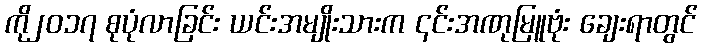
ကို၂၀၁၇ စုပုံလာခြင်း ယင်းအမျိုးသားက ၎င်းအဏုမြူဗုံး ချေးရာတွင်